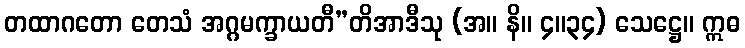
တထာဂတော တေသံ အဂ္ဂမက္ခာယတီ”တိအာဒီသု (အ။ နိ။ ၄။၃၄) သေဋ္ဌေ။ ဣဓ